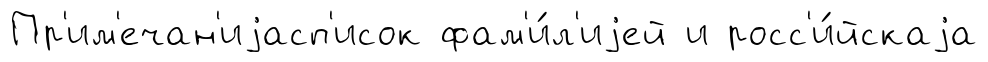
Пр'им'ечан'иjасп'исок фам'и́л'иjей и росс'и́йскаjа